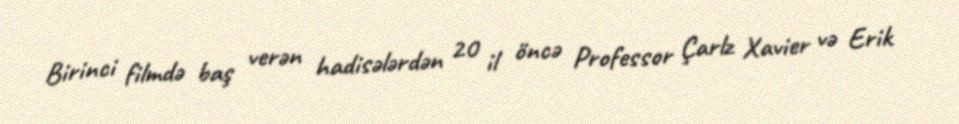
Birinci filmdə baş verən hadisələrdən 20 il öncə Professor Çarlz Xavier və Erik